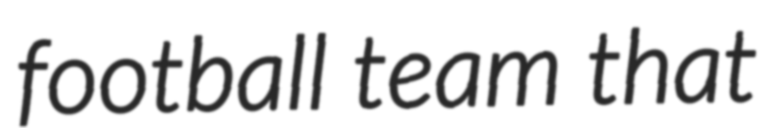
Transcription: football team that